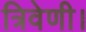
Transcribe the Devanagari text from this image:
त्रिवेणी।